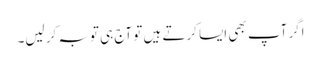
اگر آپ بھی ایسا کرتے ہیں تو آج ہی توبہ کر لیں۔